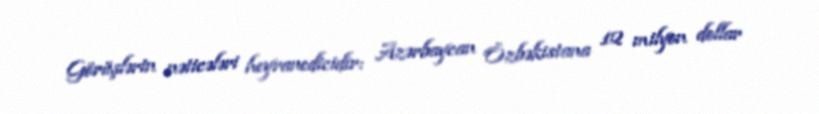
Görüşlərin nəticələri heyranedicidir: Azərbaycan Özbəkistana 12 milyon dollar